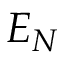
{ \cal E } _ { N }